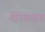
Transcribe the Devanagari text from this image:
वेरिफाइड